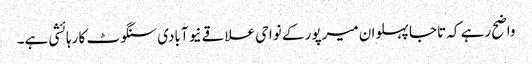
واضح رہے کہ تاجا پہلوان میرپور کے نواحی علاقے نیو آبادی سنگوٹ کا رہائشی ہے۔